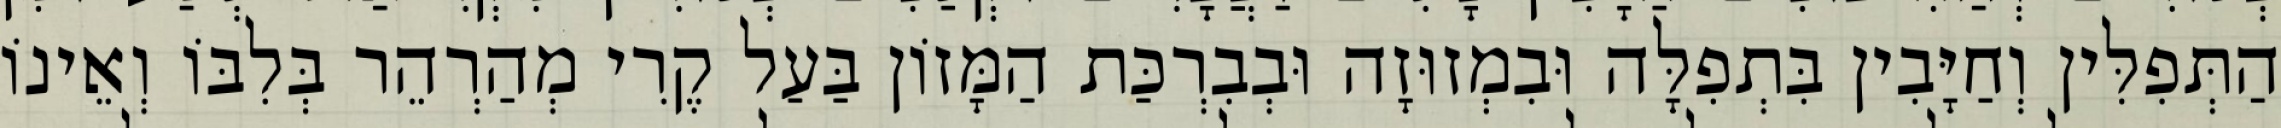
הַתְּפִלִּין וְחַיָּבִין בִּתְפִלָּה וּבִמְזוּזָה וּבְבִרְכַּת הַמָּזוֹן בַּעַל קֶרִי מְהַרְהֵר בְּלִבּוֹ וְאֵינוֹ